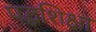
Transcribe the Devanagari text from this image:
पद्धशिक्षा